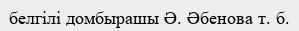
белгілі домбырашы Ә. Әбенова т. б.